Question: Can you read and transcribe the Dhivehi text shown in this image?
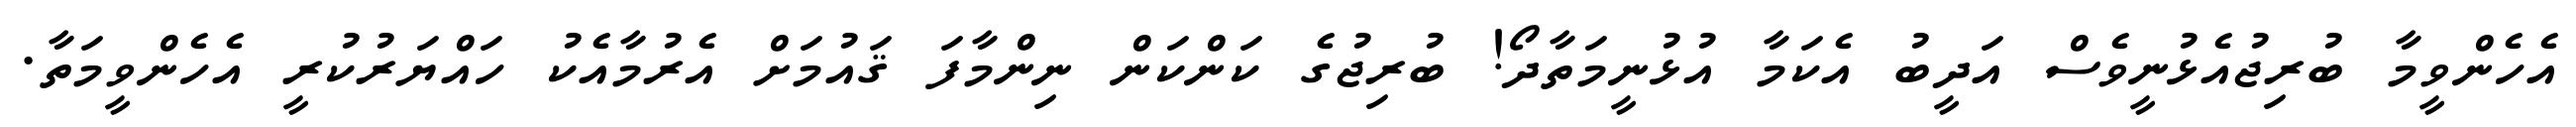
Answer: އެހެންވީމާ ބުރިޖުއެޅުނީވެސް އަދީބު އެކަމާ އުޅުނީމަތާދޯ! ބުރިޖުގެ ކަންކަން ނިންމާފަ ޤައުމަށް އެރުމާއެކު ހައްޔަރުކުރީ އެހެންވީމަތާ.